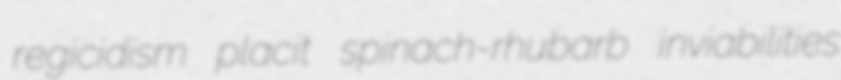
regicidism placit spinach-rhubarb inviabilities